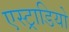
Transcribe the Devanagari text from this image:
एस्ट्राडियो